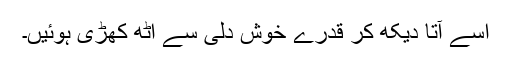
اسے آتا دیکھ کر قدرے خوش دلی سے اٹھ کھڑی ہوئیں۔